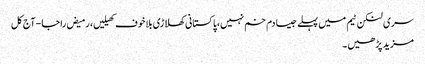
سری لنکن ٹیم میں پہلے جیسا دم خم نہیں،پاکستانی کھلاڑی بلاخوف کھیلیں، رمیض راجا - آج کل
مزید پڑھیں۔